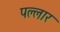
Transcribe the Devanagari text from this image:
पल्लार